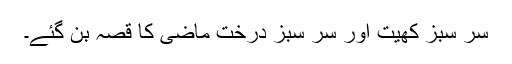
سر سبز کھیت اور سر سبز درخت ماضی کا قصہ بن گئے۔